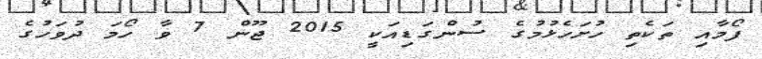
ފޯމާއި ތަކެތި ހުށަހެޅުމުގެ ސުންގަޑިއަކީ 2015 ޖޫން 7 ވާ ހޯމަ ދުވަހުގެ